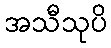
အသီသုပိ